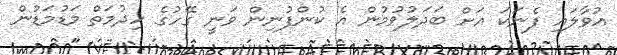
އުވާލައި ފެނަކަ އަށް ބަދަލުވުމުން އެ ކުންފުނިން ވަނީ ގޭހުގެ ހިދުމަތް މަޑުމަޑުން